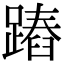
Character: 蹖